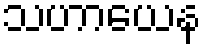
သဟာယေန